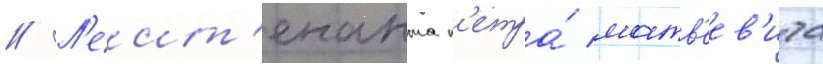
// Л'еит'енанта п'етра́ матв'еев'ича